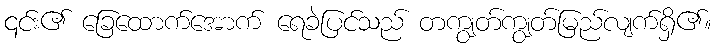
၎င်း၏ ခြေထောက်အောက် ရေခဲပြင်သည် တကျွတ်ကျွတ်မြည်လျက်ရှိ၏။